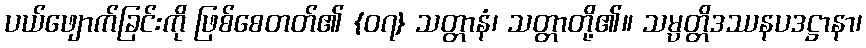
ပယ်ဖျောက်ခြင်းကို ဖြစ်စေတတ်၏ {၀၇} သတ္တာနံ၊ သတ္တာတို့၏။ သမ္ပတ္တိဒဿနပဒဋ္ဌာနာ၊